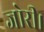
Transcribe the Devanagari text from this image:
जोरी।